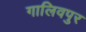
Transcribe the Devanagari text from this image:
गालिवपुर